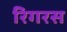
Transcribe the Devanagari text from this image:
रिगरस